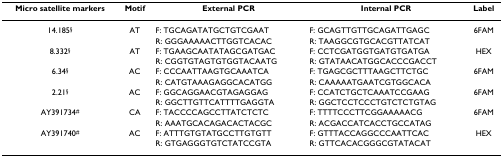
<table><thead><tr><td><b>Micro satellite markers</b></td><td><b>Motif</b></td><td><b>External PCR</b></td><td><b>Internal PCR</b></td><td><b>Label</b></td></tr></thead><tbody><tr><td>14.185<sup>§</sup></td><td>AT</td><td>F: TGCAGATATGCTGTCGAAT</td><td>F: GCAGTTGTTGCAGATTGAGC</td><td>6FAM</td></tr><tr><td></td><td></td><td>R: GGGAAAAACTTGGTCACAC</td><td>R: TAAGGCGTGCACGTTATCAT</td><td></td></tr><tr><td>8.332<sup>§</sup></td><td>AT</td><td>F: TGAAGCAATATAGCGATGAC</td><td>F: CCTCGATGGTGATGTGATGA</td><td>HEX</td></tr><tr><td></td><td></td><td>R: CGGTGTAGTGTGGTACAATG</td><td>R: GTATAACATGGCACCCGACCT</td><td></td></tr><tr><td>6.34<sup>§</sup></td><td>AC</td><td>F: CCCAATTAAGTGCAAATCA</td><td>F: TGAGCGCTTTAAGCTTCTGC</td><td>6FAM</td></tr><tr><td></td><td></td><td>R: CATGTAAAGAGGCACATGG</td><td>R: CAAAAATGAATCGTGGCACA</td><td></td></tr><tr><td>2.21<sup>§</sup></td><td>AC</td><td>F: GGCAGGAACGTAGAGGAG</td><td>F: CCATCTGCTCAAATCCGAAG</td><td>6FAM</td></tr><tr><td></td><td></td><td>R: GGCTTGTTCATTTTGAGGTA</td><td>R: GGCTCCTCCCTGTCTCTGTAG</td><td></td></tr><tr><td>AY391734<sup>#</sup></td><td>CA</td><td>F: TACCCCAGCCTTATCTCTC</td><td>F: TTTTCCCTTCGGAAAAACG</td><td>6FAM</td></tr><tr><td></td><td></td><td>R: AAATGCACAGACACTACGC</td><td>R: ACGACCATCACCTGCCATAG</td><td></td></tr><tr><td>AY391740<sup>#</sup></td><td>AC</td><td>F: ATTTGTGTATGCCTTGTGTT</td><td>F: GTTTACCAGGCCCAATTCAC</td><td>HEX</td></tr><tr><td></td><td></td><td>R: GTGAGGGTGTCTATCCGTA</td><td>R: GTTCACACGGGCGTATACAT</td><td></td></tr></tbody></table>